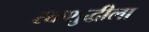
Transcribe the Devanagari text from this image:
रक्तशुद्धीला